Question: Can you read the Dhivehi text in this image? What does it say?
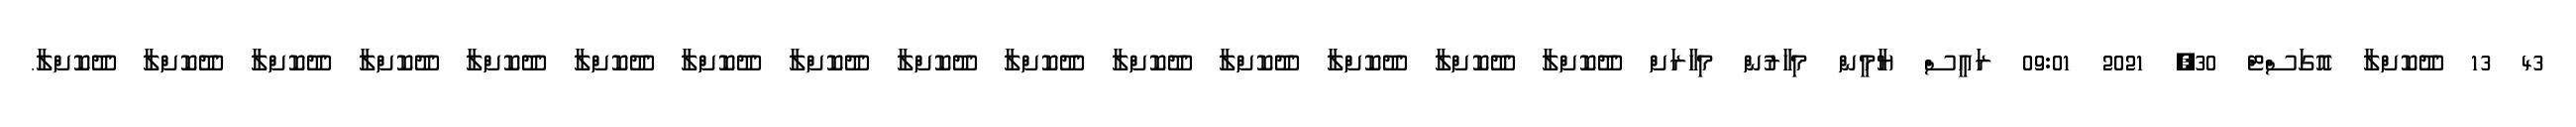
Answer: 43 13 ދޫކޮށްލާ އޮގަސްޓް 30, 2021 09:01 ރައީސް ޔާމީން މިހާރުން މިހާރަށް ދޫކޮށްލާ ދޫކޮށްލާ ދޫކޮށްލާ ދޫކޮށްލާ ދޫކޮށްލާ ދޫކޮށްލާ ދޫކޮށްލާ ދޫކޮށްލާ ދޫކޮށްލާ ދޫކޮށްލާ ދޫކޮށްލާ ދޫކޮށްލާ ދޫކޮށްލާ ދޫކޮށްލާ ދޫކޮށްލާ.